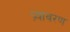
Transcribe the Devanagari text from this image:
प्र्यावरण